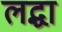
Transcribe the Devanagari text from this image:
लद्धा